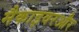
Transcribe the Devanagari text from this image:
मैकाइवरऔर